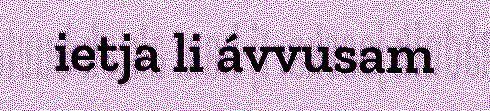
ietja li ávvusam